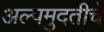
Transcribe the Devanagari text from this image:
अल्पमुदतीचे